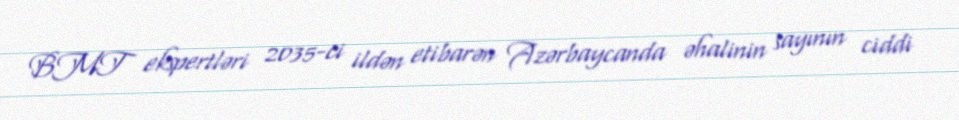
BMT ekspertləri 2035-ci ildən etibarən Azərbaycanda əhalinin sayının ciddi